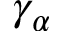
\gamma _ { \alpha }